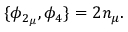
\{ \phi _ { 2 _ { \mu } } , \phi _ { 4 } \} = 2 n _ { \mu } .